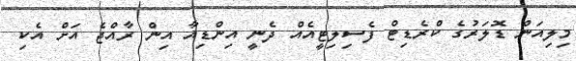
މިލިއަން ޑޮލަރުގެ ކްރެޑިޓް ފެސިލިޓީއެއް ދެނީ އިންޑިއާ އިން ރާއްޖެ އަށް އެކި